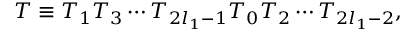
T \equiv T _ { 1 } T _ { 3 } \cdots T _ { 2 l _ { 1 } - 1 } T _ { 0 } T _ { 2 } \cdots T _ { 2 l _ { 1 } - 2 } ,